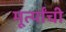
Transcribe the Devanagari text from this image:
मूर्त्यांची